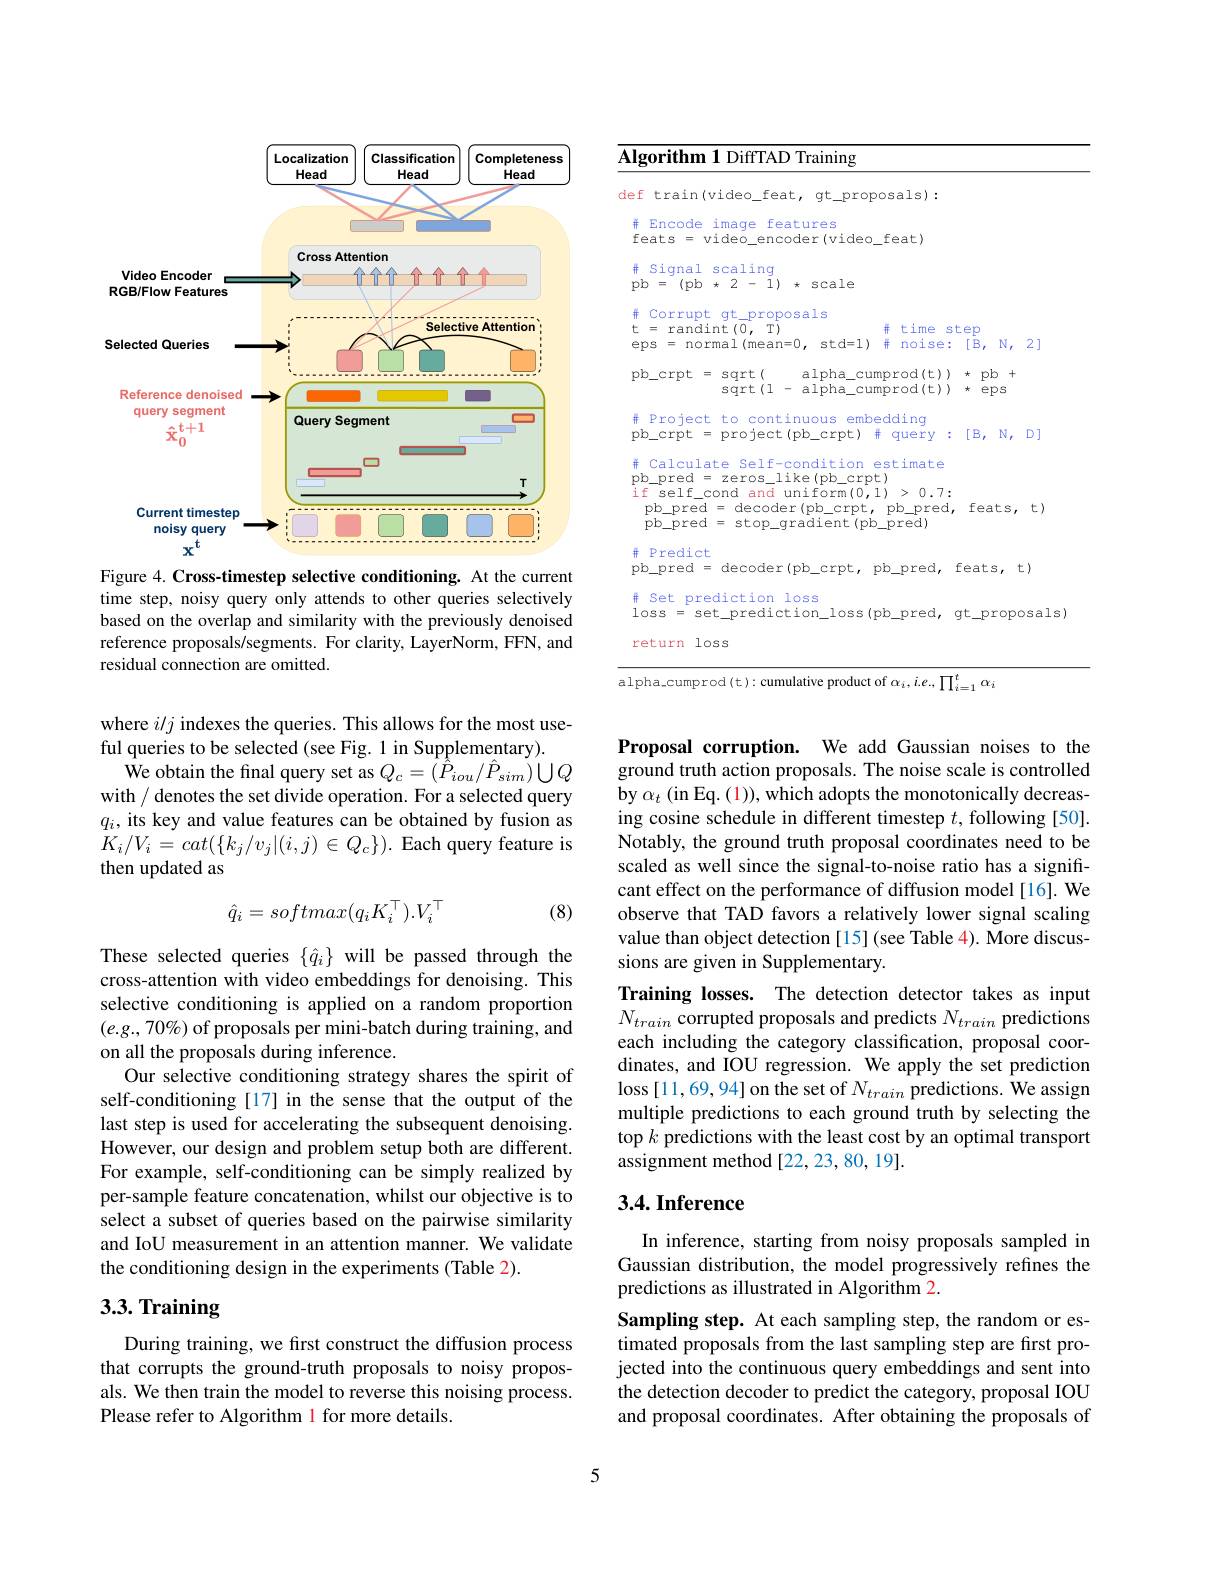
<table>
	<tbody>
		<tr>
			<th>$\mathbf{Algorithm1}$ DiffTAD Training</th>
			<th>$\underline{\overline{\mathrm{lgo}}}$</th>
			<th> </th>
		</tr>
		<tr>
			<td>lef train(video\_feat, gt\_proposals):</td>
			<td>lef</td>
			<td> </td>
		</tr>
		<tr>
			<td>$\# Project to continuous embedding$ pb\_crpt\_project(pb_crpt) 并 वुuery</td>
			<td>井 $\mathbb{P}$ pb.</td>
			<td>$[B_{\prime}$ $N_{\prime}$ $D\left[\frac{1}{2}\right]$</td>
		</tr>
		<tr>
			<td># Calculate Self-condition estimate pb\_pred\_zeros\_like(pb_crpt) if self\_cond and uniform(0,1)>0.7: $pb\_pred=decoder(pb\_crpt,pb\_pred$, $pb\_pred~=~stop\_gradient~(pb\_pred)$</td>
			<td>井 pb. if pł pł</td>
			<td>feats, t)</td>
		</tr>
		<tr>
			<td>并 Predict $pb\_pred=decoder(pb\_crpt,pb\_pred$,</td>
			<td>升 $\mathbb{P}$ $pb.$</td>
			<td>feats $\iota$ ,t)</td>
		</tr>
		<tr>
			<td>f Set prediction loss $10ss=g$ set\_prediction\_loss(pb_pred,</td>
			<td>井 $S$ los</td>
			<td>gt\_proposals</td>
		</tr>
		<tr>
			<td>1 loss return</td>
			<td>ret</td>
			<td> </td>
		</tr>
	</tbody>
</table>
$alpha_cumprod(t):cumulative product of $\alpha_i, i.e, \prod_{i=1}^t~\alpha_i$

<FigureHere>

Figure 4. Cross-timestep selective conditioning. At the current time step, noisy query only attends to other queries selectively based on the overlap and similarity with the previously denoised reference proposals/segments. For clarity, LayerNorm, FFN, and residual connection are omitted.

$\hat{\text{We obtain the final query set as }Q}_{c}=(\hat{\hat{P}}_{iou}/\hat{P}_{sim})\bigcup Q$ with / denotes the set divide operation. For a selected query

where $i/j$ indexes the queries. This allows for the most use-
ful queries to be selected (see Fig. 1 in Supplementary).
$q_i$, its key and value features can be obtained by fusion as $K_{i}/V_{i}=cat(\{k_{j}/v_{j}|(i,j)\in Q_{c}\}).$ Each query feature is then updated as

(8)
$$\hat{q}_i=softmax(q_iK_i^\top).V_i^\top $$
These selected queries $\{\hat{q}_i\}$ will be passed through the cross-attention with video embeddings for denoising. This selective conditioning is applied on a random proportion $(e.g.,70\%)$ of proposals per mini-batch during training, and on all the proposals during inference.
Our selective conditioning strategy shares the spirit of self-conditioning [17] in the sense that the output of the last step is used for accelerating the subsequent denoising. However, our design and problem setup both are different. For example, self-conditioning can be simply realized by per-sample feature concatenation, whilst our objective is to select a subset of queries based on the pairwise similarity and IoU measurement in an attention manner. We validate the conditioning design in the experiments (Table 2).

# 3.3. Training

During training, we first construct the diffusion process that corrupts the ground-truth proposals to noisy proposals. We then train the model to reverse this noising process. Please refer to Algorithm l for more details.

Proposal corruption. We add Gaussian noises to the ground truth action proposals. The noise scale is controlled by $\alpha_t\left(\mathrm{in~Eq.~(1)}\right)$, which adopts the monotonically decreasing cosine schedule in different timestep $t$, following [50]. Notably, the ground truth proposal coordinates need to be scaled as well since the signal-to-noise ratio has a significant effect on the performance of diffusion model[16]. We observe that TAD favors a relatively lower signal scaling value than object detection [15] (see Table 4). More discussions are given in Supplementary.
Training losses. The detection detector takes as input $N_{train}$ corrupted proposals and predicts $N_train$ predictions each including the category classification, proposal coordinates, and IOU regression. We apply the set prediction loss [11,69,94] on the set of $N_train$ predictions. We assign multiple predictions to each ground truth by selecting the top $k$ predictions with the least cost by an optimal transport assignment method [22,23,80,19].

# 3.4. Inference

In inference, starting from noisy proposals sampled in Gaussian distribution, the model progressively refines the predictions as illustrated in Algorithm 2.

Sampling step. At each sampling step, the random or estimated proposals from the last sampling step are first projected into the continuous query embeddings and sent into the detection decoder to predict the category, proposal IOU and proposal coordinates. After obtaining the proposals of

5